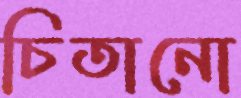
চিতানো